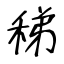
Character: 稊